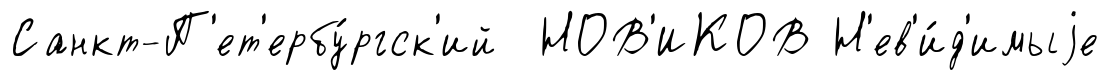
Санкт-П'ет'ербу́ргск'ий НОВ'ИКОВ Н'ев'и́д'имыjе